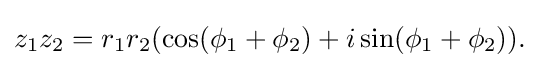
{\textstyle z_{1}z_{2}=r_{1}r_{2}(\cos(\phi _{1}+\phi _{2})+i\sin(\phi _{1}+\phi _{2})).}